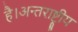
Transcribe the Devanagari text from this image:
है।अन्तराष्ट्रीय